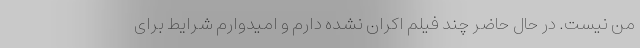
من نیست. در حال حاضر چند فیلم‌ اکران نشده دارم و امیدوارم شرایط برای